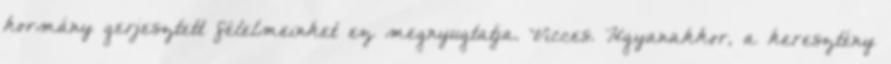
kormány gerjesztett félelmeinket ez megnyugtatja. Vicces. Ugyanakkor, a keresztény